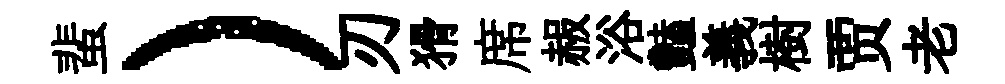
蜚）刃猾席赧浴豔義樹贾老